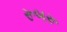
રૂબરૂ